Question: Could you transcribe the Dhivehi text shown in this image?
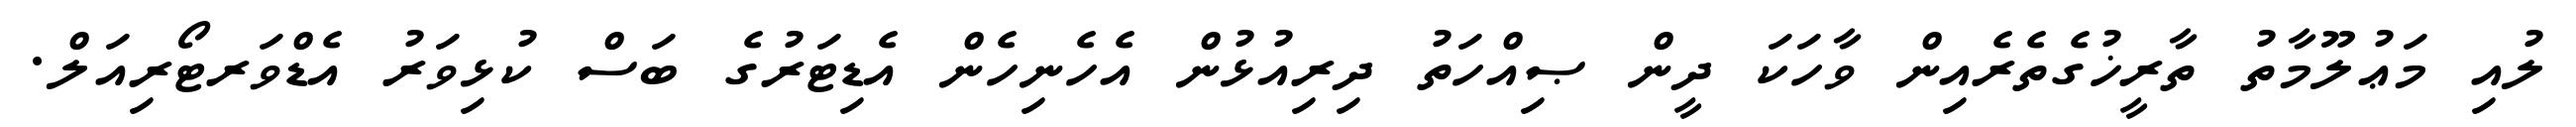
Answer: ލުއި މަޢުލޫމާތު ތާރީޚުގެތެރެއިން ވާހަކަ ދީން ޞިއްހަތު ދިރިއުޅުން އެހެނިހެން އެޑިޓަރުގެ ބަސް ކުޅިވަރު އެޑްވަރޓޯރިއަލް.